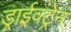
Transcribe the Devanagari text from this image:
ड्राईवट्रेन